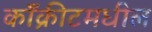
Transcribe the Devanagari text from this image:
काँक्रीटमधील